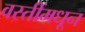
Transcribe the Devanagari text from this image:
वस्तींमधून